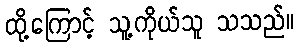
ထို့ကြောင့် သူ့ကိုယ်သူ သသည်။